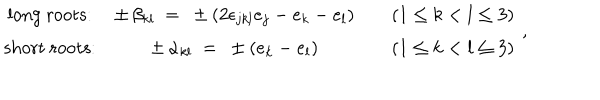
\begin{array} { c c c c } { { \mathrm { l o n g ~ r o o t s : } } } & { { \pm \, \beta _ { k l } ~ = ~ \pm ( 2 \epsilon _ { j k l } e _ { j } - e _ { k } - e _ { l } ) } } & { { } } & { { ( 1 \leq k < l \leq 3 ) } } \\ { { \mathrm { s h o r t ~ r o o t s : } } } & { { \pm \, \alpha _ { k l } ~ = ~ \pm ( e _ { k } - e _ { l } ) } } & { { } } & { { ( 1 \leq k < l \leq 3 ) } } \\ \end{array} ~ ,